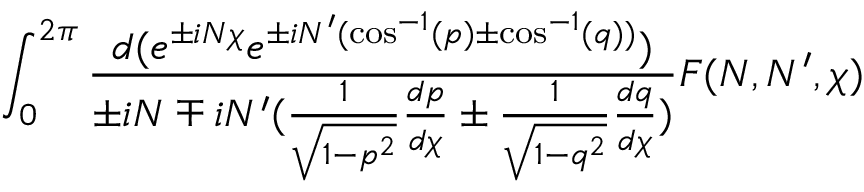
\int _ { 0 } ^ { 2 \pi } \frac { d ( e ^ { \pm i N \chi } e ^ { \pm i N ^ { \prime } ( \cos ^ { - 1 } ( p ) \pm \cos ^ { - 1 } ( q ) ) } ) } { \pm i N \mp i N ^ { \prime } ( \frac { 1 } { \sqrt { 1 - p ^ { 2 } } } \frac { d p } { d \chi } \pm \frac { 1 } { \sqrt { 1 - q ^ { 2 } } } \frac { d q } { d \chi } ) } F ( N , N ^ { \prime } , \chi )